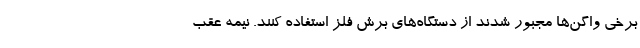
برخی واگن‌ها مجبور شدند از دستگاه‌های برش فلز استفاده کنند. نیمه عقب